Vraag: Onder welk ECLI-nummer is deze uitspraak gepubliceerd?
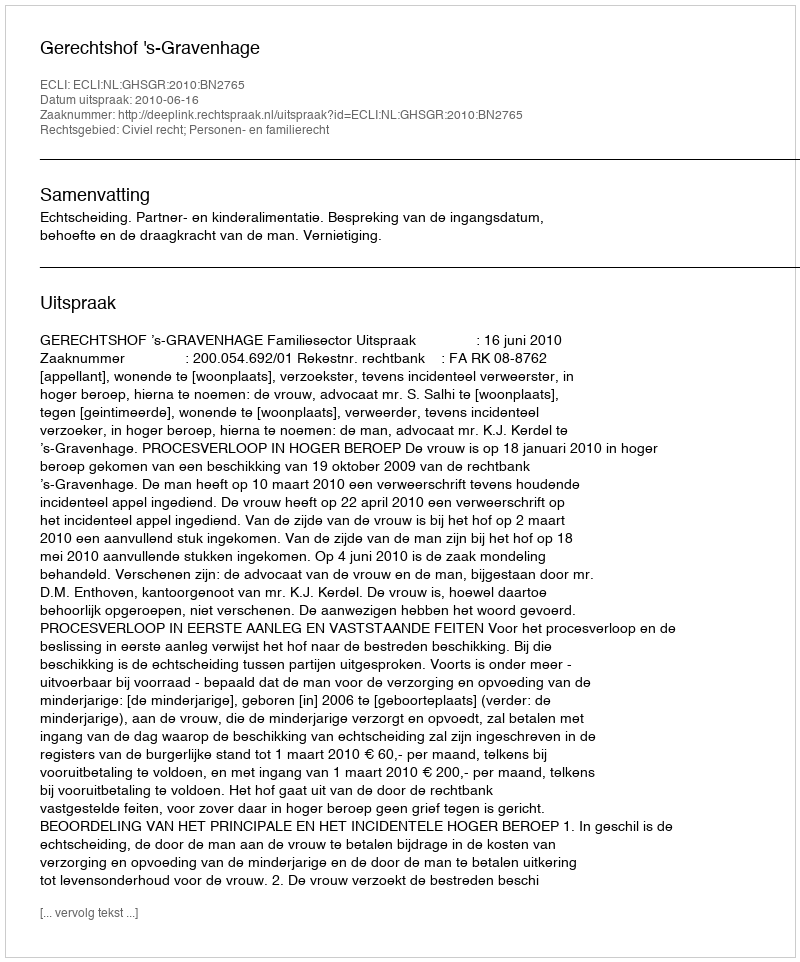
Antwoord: ECLI:NL:GHSGR:2010:BN2765